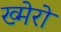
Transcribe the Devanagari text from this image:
ख्मेरो